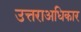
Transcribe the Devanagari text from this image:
उत्तराअधिकार